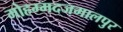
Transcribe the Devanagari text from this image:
मोहम्मदजमालपुर